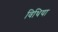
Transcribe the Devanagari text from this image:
विथिया